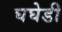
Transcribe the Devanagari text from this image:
घघेडी